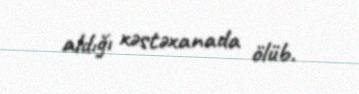
aldığı xəstəxanada ölüb.